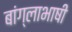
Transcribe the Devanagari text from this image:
बांग्‍लाभाषी